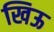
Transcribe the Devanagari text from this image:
खिऊ